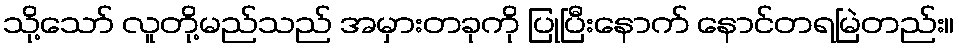
သို့သော် လူတို့မည်သည် အမှားတခုကို ပြုပြီးနောက် နောင်တရမြဲတည်း။